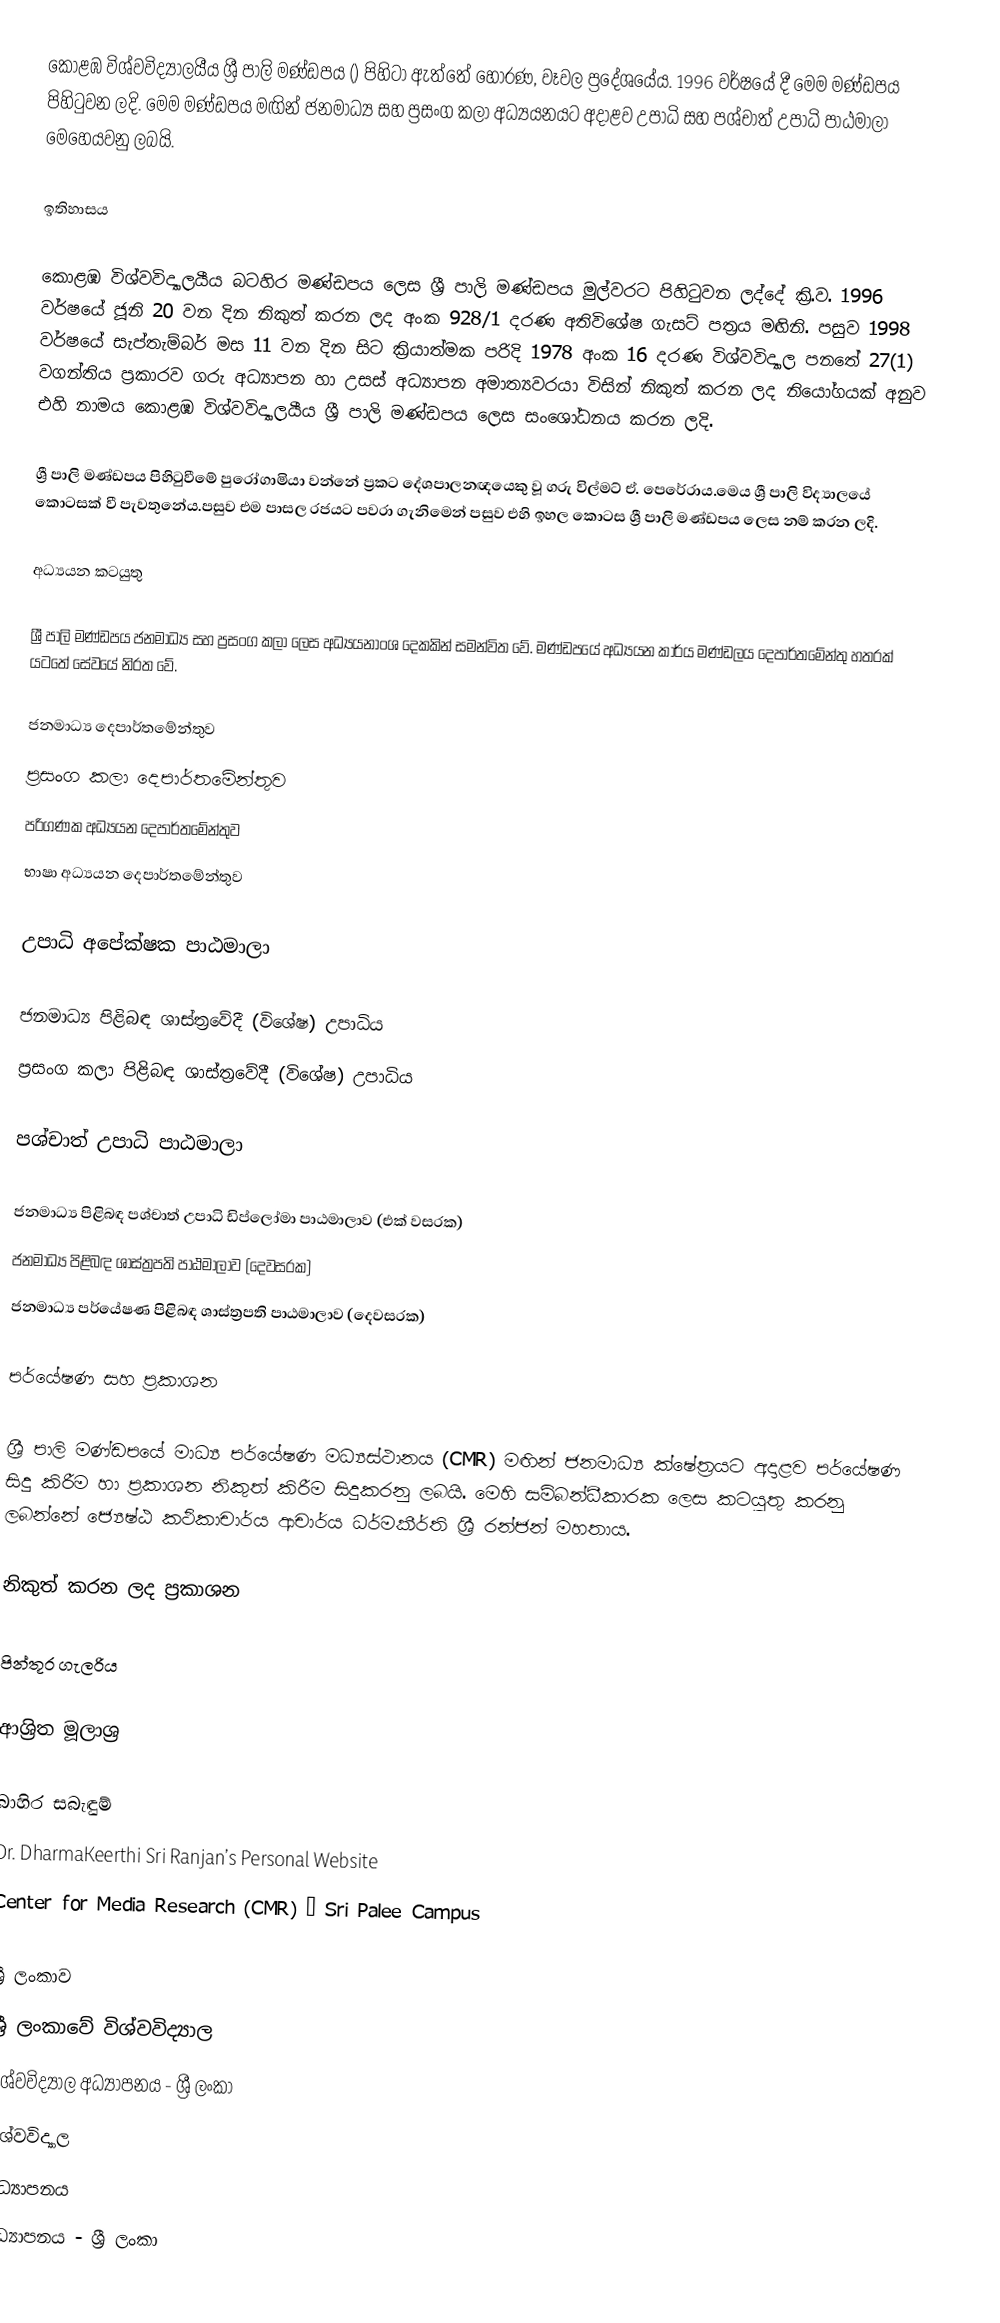
කොළඹ විශ්වවිද්‍යාලයීය ශ්‍රී පාලි මණ්ඩපය () පිහිටා ඇත්තේ හොරණ, වෑවල ප්‍රදේශයේය. 1996 වර්ෂයේ දී මෙම මණ්ඩපය පිහිටුවන ලදි. මෙම මණ්ඩපය මඟින් ජනමාධ්‍ය සහ ප්‍රසංග කලා අධ්‍යයනයට අදාළව උපාධි සහ පශ්චාත් උපාධි පාඨමාලා මෙහෙයවනු ලබයි.

ඉතිහාසය

කොළඹ විශ්වවිද්‍යාලයීය බටහිර මණ්ඩපය ලෙස ශ්‍රී පාලි මණ්ඩපය මුල්වරට පිහිටුවන ලද්දේ ක්‍රි.ව. 1996 වර්ෂයේ ජූනි 20 වන දින නිකුත් කරන ලද අංක 928/1 දරණ අතිවිශේෂ ගැසට් පත්‍රය මඟිනි. පසුව  1998 වර්ෂයේ සැප්තැම්බර් මස 11 වන දින සිට ක්‍රියාත්මක පරිදි 1978 අංක 16 දරණ විශ්වවිද්‍යාල පනතේ 27(1) වගන්තිය ප්‍රකාරව ගරු අධ්‍යාපන හා උසස් අධ්‍යාපන අමාත්‍යවරයා විසින් නිකුත් කරන ලද නියෝගයක් අනුව එහි නාමය කොළඹ විශ්වවිද්‍යාලයීය ශ්‍රී පාලි මණ්ඩපය ලෙස සංශෝධනය කරන ලදි.

ශ්‍රී පාලි මණ්ඩපය පිහිටුවීමේ පුරෝගාමියා වන්නේ ප්‍රකට දේශපාලනඥයෙකු වූ ගරු විල්මට් ඒ. පෙරේරාය.මෙය ශ්‍රී පාලි විද්‍යාලයේ කොටසක් වී පැවතුනේය.පසුව එම පාසල රජයට පවරා ගැනිමෙන් පසුව එහි ඉහල කොටස ශ්‍රී පාලි මණ්ඩපය ලෙස නම් කරන ලදි.

අධ්‍යයන කටයුතු

ශ්‍රී පාලි මණ්ඩපය ජනමාධ්‍ය සහ ප්‍රසංග කලා ලෙස අධ්‍යයනාංශ දෙකකින් සමන්විත වේ. මණ්ඩපයේ අධ්‍යයන කාර්ය මණ්ඩලය දෙපාර්තමේන්තු හතරක් යටතේ සේවයේ නිරත වේ.

 ජනමාධ්‍ය දෙපාර්තමේන්තුව
 ප්‍රසංග කලා දෙපාර්තමේන්තුව
 පරිගණක අධ්‍යයන දෙපාර්තමේන්තුව
 භාෂා අධ්‍යයන දෙපාර්තමේන්තුව

උපාධි අපේක්ෂක පාඨමාලා

 ජනමාධ්‍ය පිළිබඳ ශාස්ත්‍රවේදී (විශේෂ) උපාධිය
 ප්‍රසංග කලා පිළිබඳ ශාස්ත්‍රවේදී (විශේෂ) උපාධිය

පශ්චාත් උපාධි පාඨමාලා

 ජනමාධ්‍ය පිළිබඳ පශ්චාත් උපාධි ඩිප්ලෝමා පාඨමාලාව (එක් වසරක)
 ජනමාධ්‍ය පිළිබඳ ශාස්ත්‍රපති පාඨමාලාව (දෙවසරක)
ජනමාධ්‍ය පර්යේෂණ පිළිබඳ ශාස්ත්‍රපති පාඨමාලාව (දෙවසරක)

පර්යේෂණ සහ ප්‍රකාශන

ශ්‍රී පාලි මණ්ඩපයේ මාධ්‍ය පර්යේෂණ මධ්‍යස්ථානය (CMR) මඟින් ජනමාධ්‍ය ක්ෂේත්‍රයට අදාළව පර්යේෂණ සිදු කිරීම හා ප්‍රකාශන නිකුත් කිරීම සිදුකරනු ලබයි. මෙහි සම්බන්ධීකාරක ලෙස කටයුතු කරනු ලබන්නේ ජ්‍යෙෂ්ඨ කථිකාචාර්ය ආචාර්ය ධර්මකීර්ති ශ්‍රී රන්ජන් මහතාය.

නිකුත් කරන ලද ප්‍රකාශන

පින්තූර ගැලරිය

ආශ්‍රිත මූලාශ්‍ර

බාහිර සබැඳුම්
Dr. DharmaKeerthi Sri Ranjan’s Personal Website
Center for Media Research (CMR) – Sri Palee Campus

ශ්‍රී ලංකාව
ශ්‍රී ලංකාවේ විශ්වවිද්‍යාල
විශ්වවිද්‍යාල අධ්‍යාපනය - ශ්‍රී ලංකා
විශ්වවිද්‍යාල
අධ්‍යාපනය‏‎
අධ්‍යාපනය - ශ්‍රී ලංකා